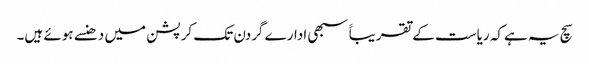
سچ یہ ہےکہ ریاست کے تقریباََ سبھی ادارے گردن تک کرپشن میں دھنسے ہوئے ہیں۔